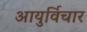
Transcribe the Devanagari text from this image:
आयुर्विचार